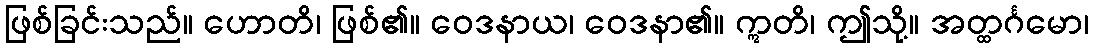
ဖြစ်ခြင်းသည်။ ဟောတိ၊ ဖြစ်၏။ ဝေဒနာယ၊ ဝေဒနာ၏။ ဣတိ၊ ဤသို့။ အတ္ထင်္ဂမော၊